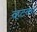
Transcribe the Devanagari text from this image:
व्हटकर